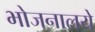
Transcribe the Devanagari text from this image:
भोजनालये